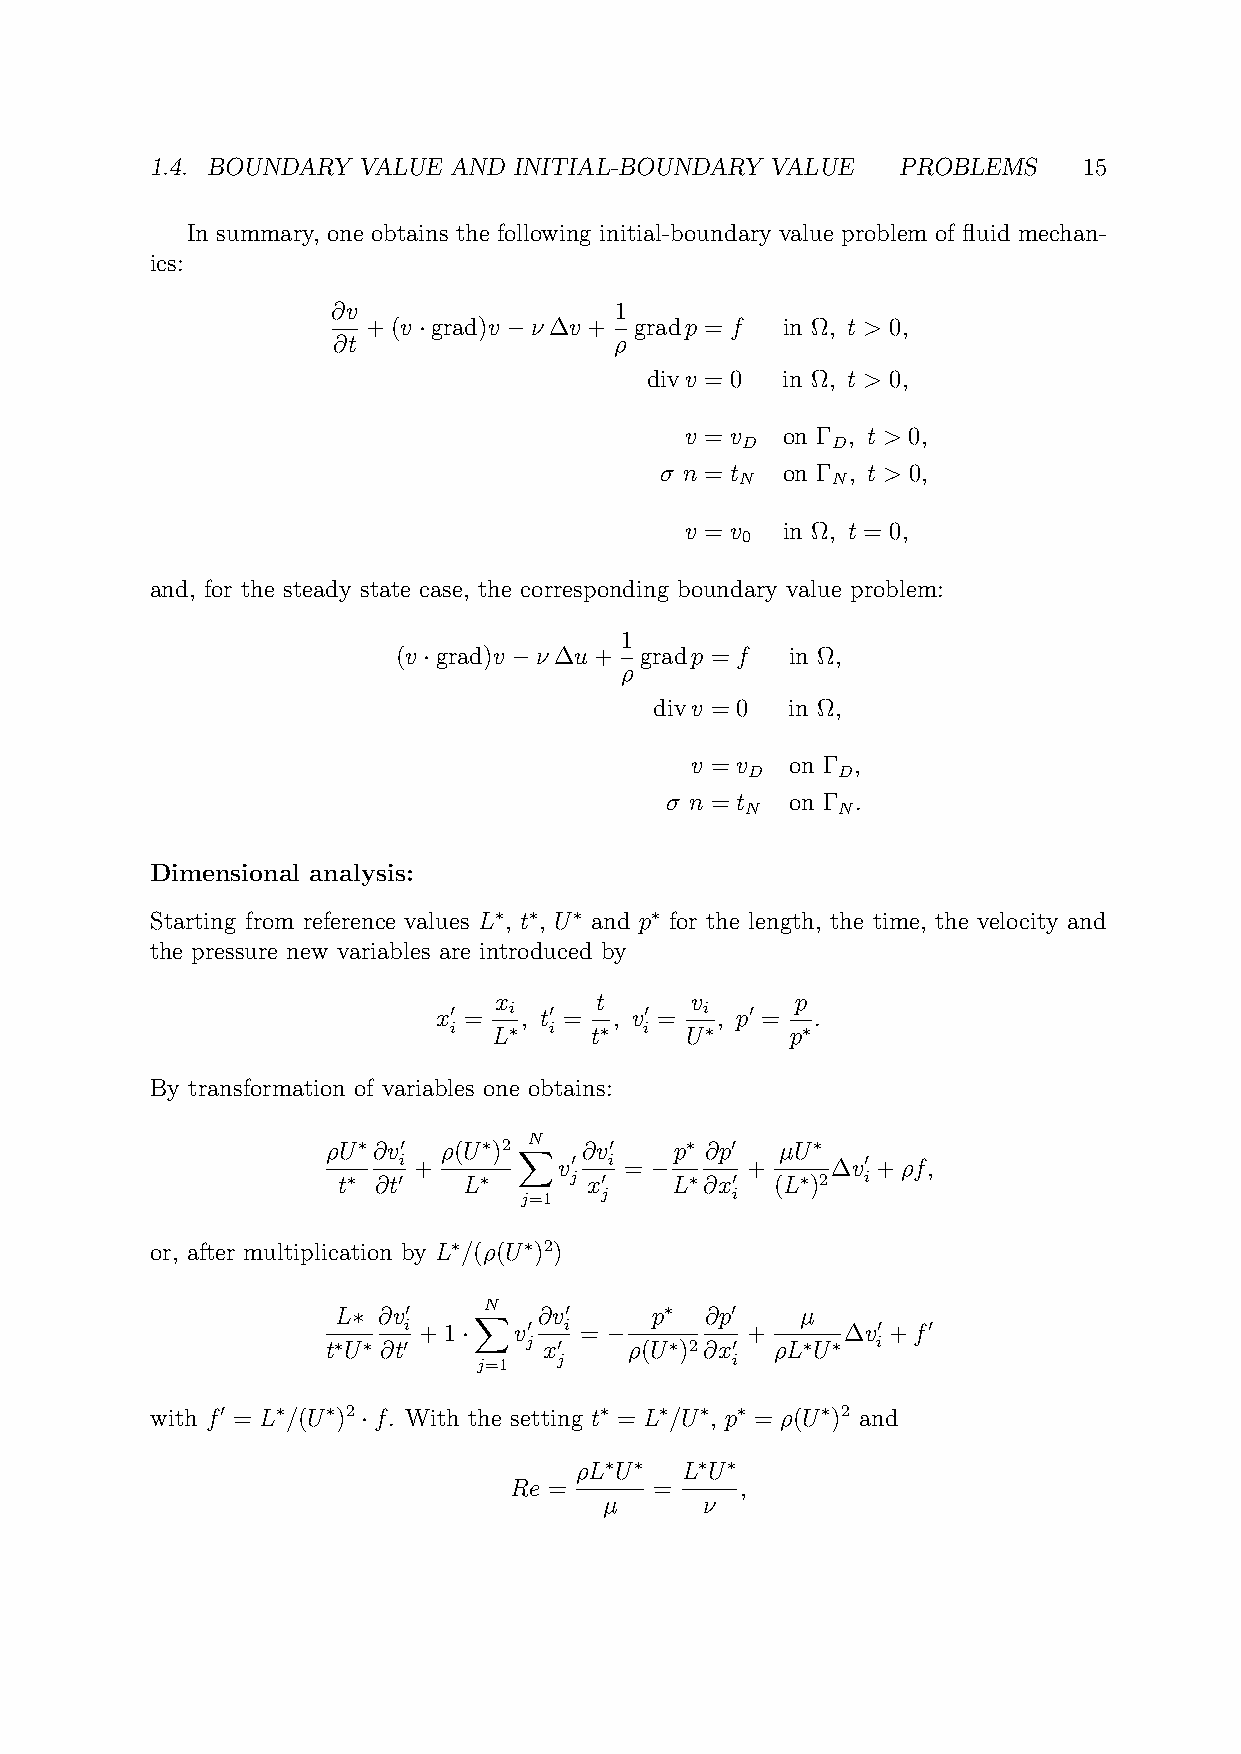
1.4. BOUNDARY VALUE AND INITIAL-BOUNDARY VALUE   PROBLEMS     15
 In summary, one obtains the following initial-boundary value problem of fluid mechan-
 ics:
 ∂v                 1
 +(v ·grad)v −ν∆v + gradp = f in Ω, t > 0,
 ∂t                 ρ
 divv = 0 in Ω, t > 0,
 v = v  on Γ , t > 0,
 D     D
 σ n = t on Γ , t > 0,
 N     N
 v = v  in Ω, t = 0,
 0
 and, for the steady state case, the corresponding boundary value problem:
 1
 (v ·grad)v −ν∆u+ gradp = f in Ω,
 ρ
 divv = 0 in Ω,
 v = v on Γ ,
 D    D
 σ n = t on Γ .
 N     N
 Dimensional analysis:
 Starting from reference values L∗, t∗, U∗ and p∗ for the length, the time, the velocity and
 the pressure new variables are introduced by
 x     t      v      p
 x0 = i , t0 = , v0 = i , p0 = .
 i  L∗ i  t∗  i U∗     p∗
 By transformation of variables one obtains:
 ρU∗∂v0 ρ(U∗)2 XN ∂v0   p∗ ∂p0 µU∗
 i +        v0 i = −    +     ∆v0 +ρf,
 t∗ ∂t0   L∗     j x0  L∗∂x0  (L∗)2 i
 j=1   j       i
 or, after multiplication by L∗/(ρ(U∗)2)
 L∗ ∂v0   XN   ∂v0    p∗  ∂p0   µ
 i +1·  v0 i = −       +      ∆v0 +f0
 t∗U∗ ∂t0     j x0   ρ(U∗)2∂x0 ρL∗U∗ i
 j=1  j          i
 with f0 = L∗/(U∗)2 ·f. With the setting t∗ = L∗/U∗, p∗ = ρ(U∗)2 and
 ρL∗U∗  L∗U∗
 Re =     =     ,
 µ     ν